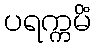
ပရက္ကမိံ